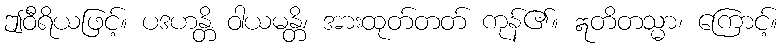
ဤဝီရိယဖြင့်။ ပဒဟန္တိ ဝါယမန္တိ၊ အားထုတ်တတ် ကုန်၏။ ဣတိတသ္မာ၊ ကြောင့်။